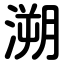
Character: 溯